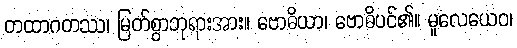
တထာဂတဿ၊ မြတ်စွာဘုရားအား။ ဗောဓိယာ၊ ဗောဓိပင်၏။ မူလေယေဝ၊